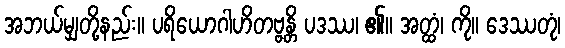
အဘယ်မျှတို့နည်း။ ပရိယောဂါဟိတဗ္ဗန္တိ ပဒဿ၊ ၏။ အတ္ထံ၊ ကို။ ဒေဿတုံ၊